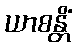
ယာစန္တိံ